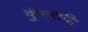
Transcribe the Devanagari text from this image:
कुंभराशि